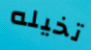
تخيله